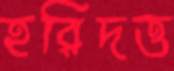
হরিদত্ত